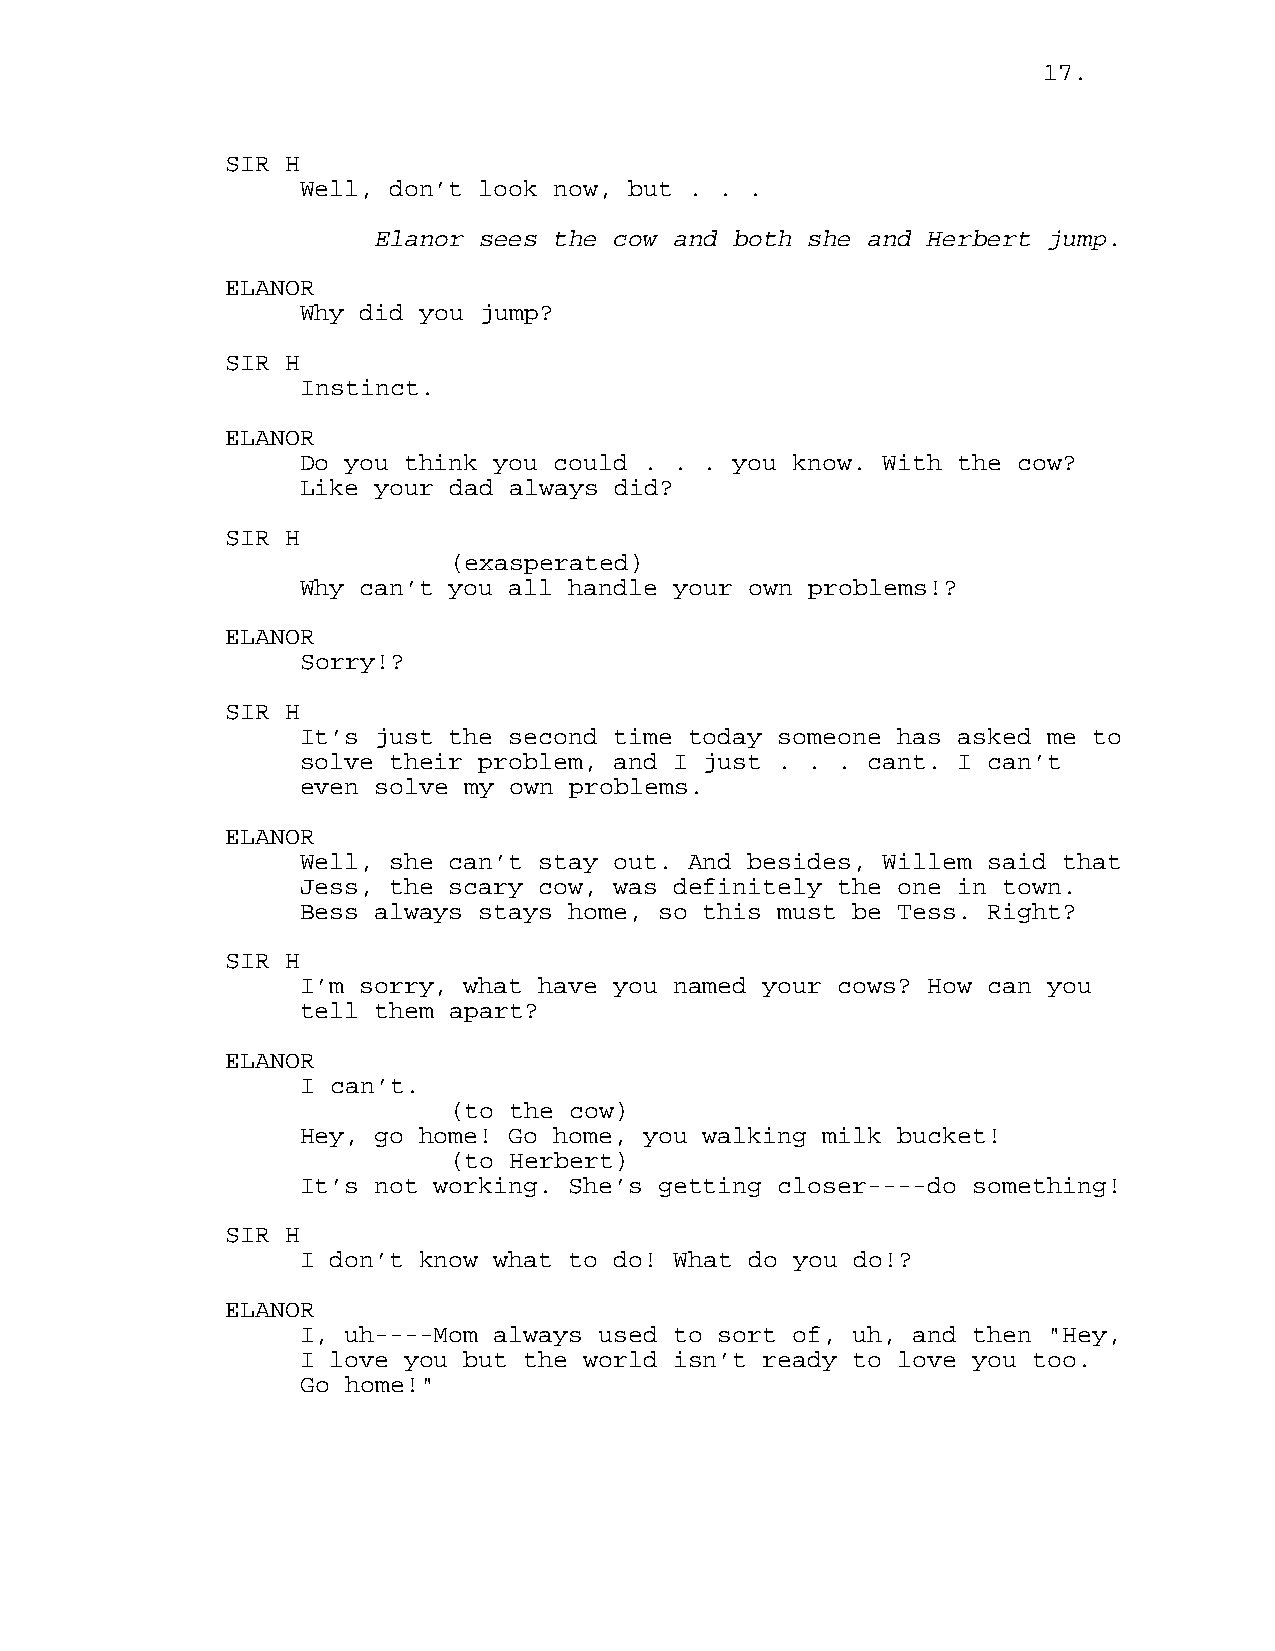
17.
 SIR H
 Well, don’t look now, but . . .
 Elanor sees the cow and both she and Herbert jump.
 ELANOR
 Why did you jump?
 SIR H
 Instinct.
 ELANOR
 Do you think you could . . . you know. With the cow?
 Like your dad always did?
 SIR H
 (exasperated)
 Why can’t you all handle your own problems!?
 ELANOR
 Sorry!?
 SIR H
 It’s just the second time today someone has asked me to
 solve their problem, and I just . . . cant. I can’t
 even solve my own problems.
 ELANOR
 Well, she can’t stay out. And besides, Willem said that
 Jess, the scary cow, was definitely the one in town.
 Bess always stays home, so this must be Tess. Right?
 SIR H
 I’m sorry, what have you named your cows? How can you
 tell them apart?
 ELANOR
 I can’t.
 (to the cow)
 Hey, go home! Go home, you walking milk bucket!
 (to Herbert)
 It’s not working. She’s getting closer----do something!
 SIR H
 I don’t know what to do! What do you do!?
 ELANOR
 I, uh----Mom always used to sort of, uh, and then "Hey,
 I love you but the world isn’t ready to love you too.
 Go home!"